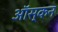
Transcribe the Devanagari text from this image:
ऑस्कन